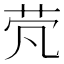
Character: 䒮